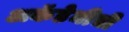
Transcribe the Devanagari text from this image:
अकॅडेमीची